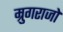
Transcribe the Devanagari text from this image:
म्रुगराजो